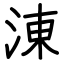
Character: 涷